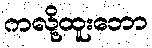
ကလို့ထူးဘော